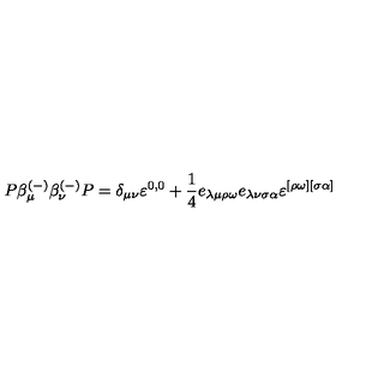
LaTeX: P \beta _ { \mu } ^ { ( - ) } \beta _ { \nu } ^ { ( - ) } P = \delta _ { \mu \nu } \varepsilon ^ { 0 , 0 } + \frac 1 4 e _ { \lambda \mu \rho \omega } e _ { \lambda \nu \sigma \alpha } \varepsilon ^ { [ \rho \omega ] [ \sigma \alpha ] }